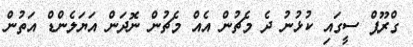
ގްރޫޕް ސީގައި ކުޅުނު ދެ މެޗުން އެއް މެޗުން ނޮދަން އަޔަލެންޑް އަތުން